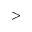
>